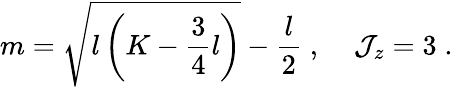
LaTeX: m=\sqrt{l\left(K-\frac{3}{4}l\right)}-\frac{l}{2}\; ,\; \; \; \; {\cal J}_{z}=3\; .